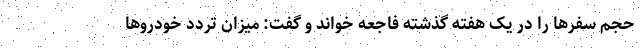
حجم سفرها را در یک هفته گذشته فاجعه خواند و گفت: میزان تردد خودروها